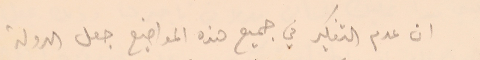
ان عدم التفكير في جميع هذه المواضيع جعل الدولة